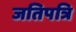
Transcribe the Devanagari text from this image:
जतिपत्रि